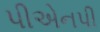
પીએનપી